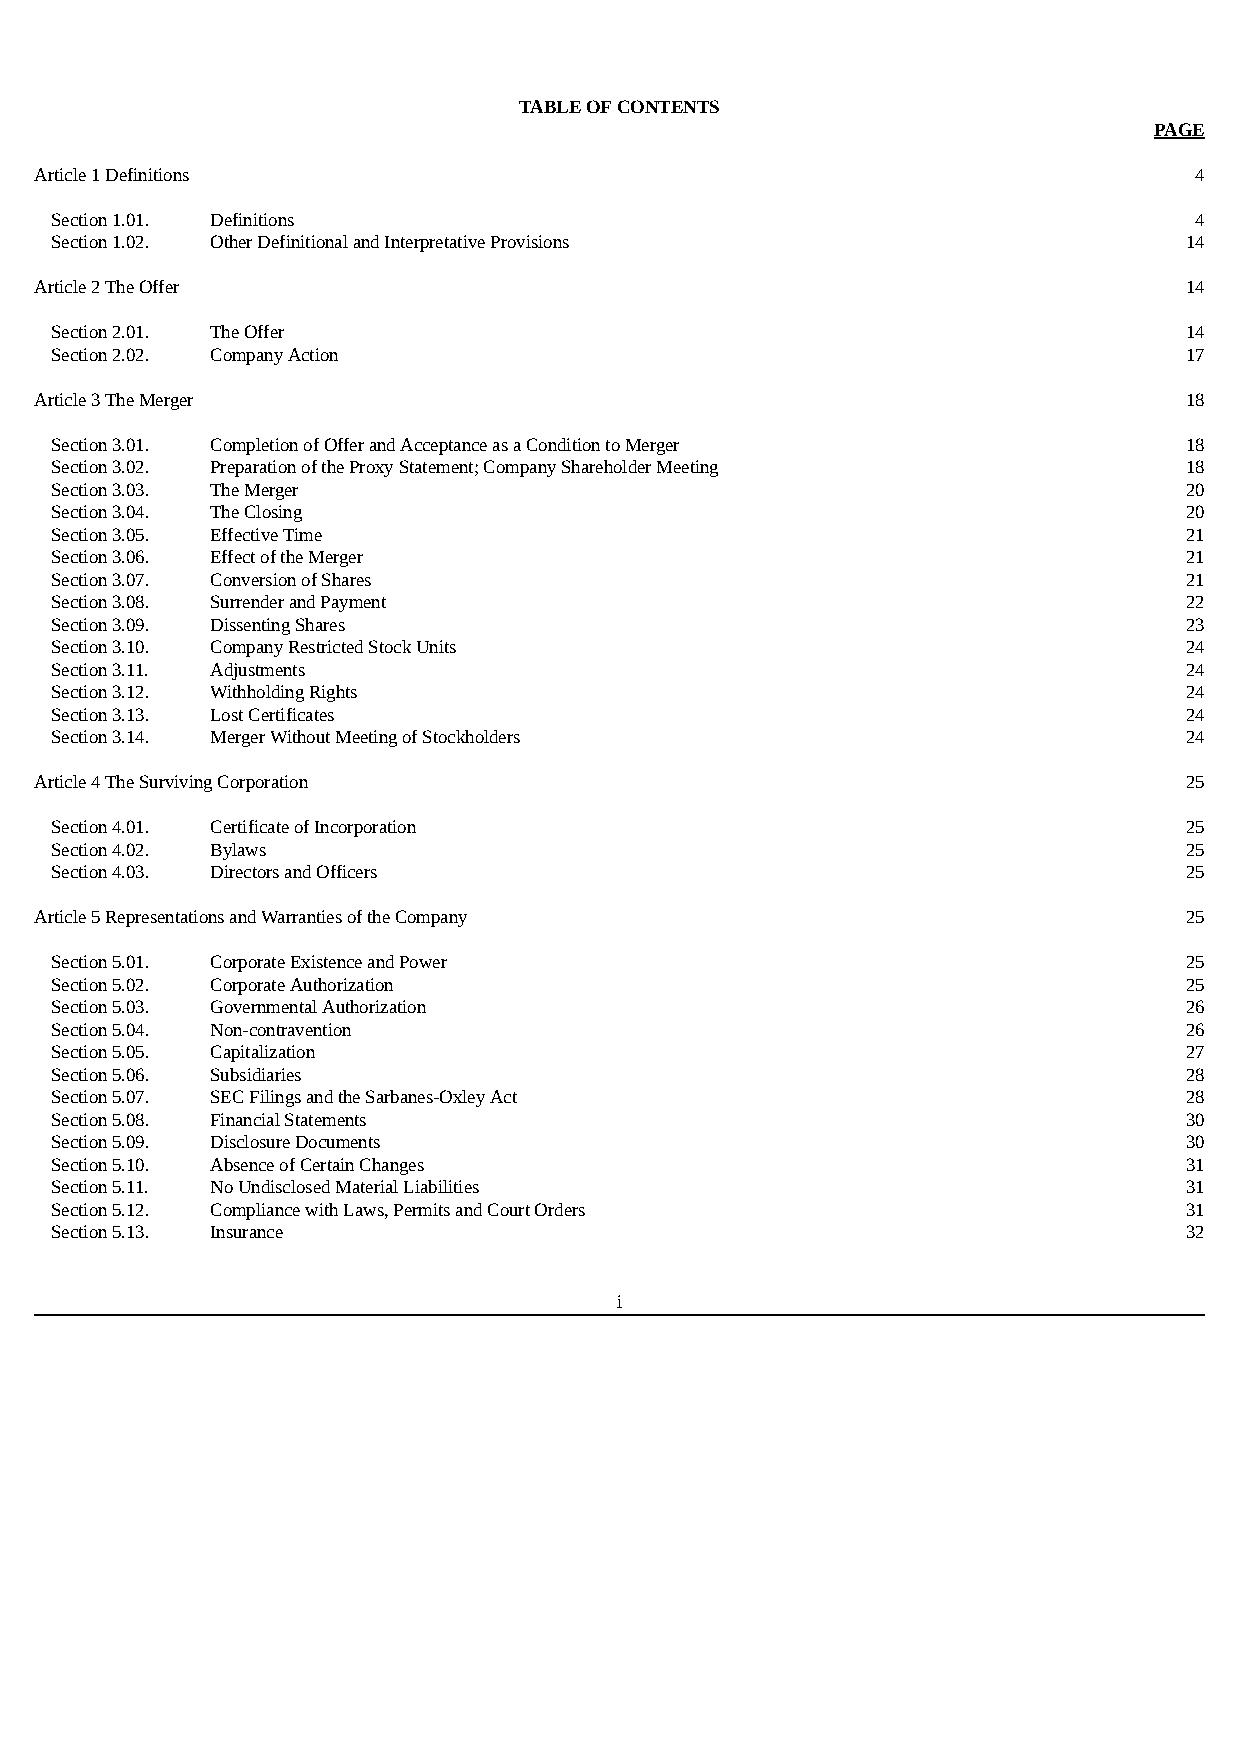
TABLE OF CONTENTS
 PAGE
 Article 1 Definitions                                                        4
 Section 1.01. Definitions                                                   4
 Section 1.02. Other Definitional and Interpretative Provisions             14
 Article 2 The Offer                                                         14
 Section 2.01. The Offer                                                    14
 Section 2.02. Company Action                                               17
 Article 3 The Merger                                                        18
 Section 3.01. Completion of Offer and Acceptance as a Condition to Merger  18
 Section 3.02. Preparation of the Proxy Statement; Company Shareholder Meeting 18
 Section 3.03. The Merger                                                   20
 Section 3.04. The Closing                                                  20
 Section 3.05. Effective Time                                               21
 Section 3.06. Effect of the Merger                                         21
 Section 3.07. Conversion of Shares                                         21
 Section 3.08. Surrender and Payment                                        22
 Section 3.09. Dissenting Shares                                            23
 Section 3.10. Company Restricted Stock Units                               24
 Section 3.11. Adjustments                                                  24
 Section 3.12. Withholding Rights                                           24
 Section 3.13. Lost Certificates                                            24
 Section 3.14. Merger Without Meeting of Stockholders                       24
 Article 4 The Surviving Corporation                                         25
 Section 4.01. Certificate of Incorporation                                 25
 Section 4.02. Bylaws                                                       25
 Section 4.03. Directors and Officers                                       25
 Article 5 Representations and Warranties of the Company                     25
 Section 5.01. Corporate Existence and Power                                25
 Section 5.02. Corporate Authorization                                      25
 Section 5.03. Governmental Authorization                                   26
 Section 5.04. Non-contravention                                            26
 Section 5.05. Capitalization                                               27
 Section 5.06. Subsidiaries                                                 28
 Section 5.07. SEC Filings and the Sarbanes-Oxley Act                       28
 Section 5.08. Financial Statements                                         30
 Section 5.09. Disclosure Documents                                         30
 Section 5.10. Absence of Certain Changes                                   31
 Section 5.11. No Undisclosed Material Liabilities                          31
 Section 5.12. Compliance with Laws, Permits and Court Orders               31
 Section 5.13. Insurance                                                    32
 i